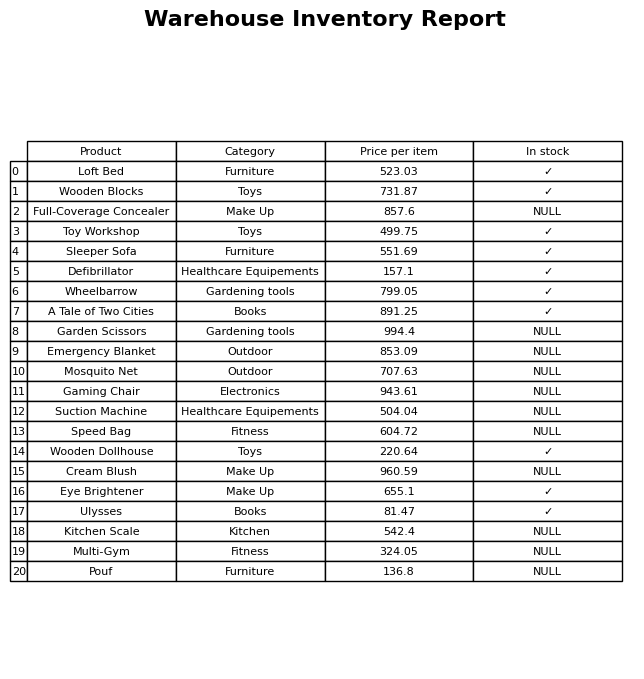
question: What is the price for Suction Machine?
answer: The price of Suction Machine is 504.04.